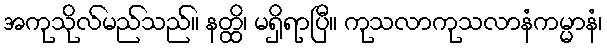
အကုသိုလ်မည်သည်။ နတ္ထိ၊ မရှိရာပြီ။ ကုသလာကုသလာနံကမ္မာနံ၊